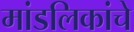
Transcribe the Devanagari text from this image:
मांडलिकांचे